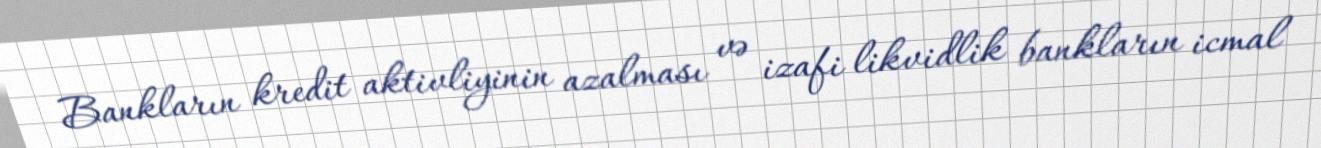
Bankların kredit aktivliyinin azalması və izafi likvidlik bankların icmal